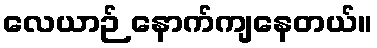
လေယာဉ် နောက်ကျနေတယ်။